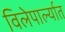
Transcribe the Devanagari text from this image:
विलेपार्ल्यात